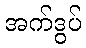
အက်ဒွပ်